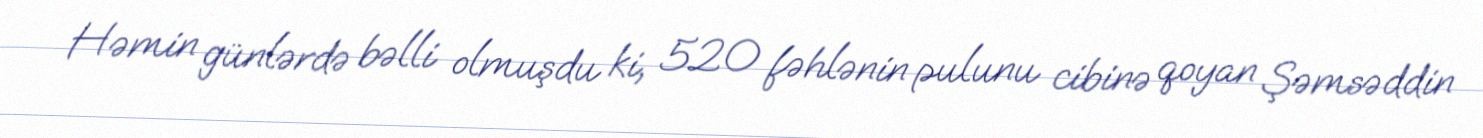
Həmin günlərdə bəlli olmuşdu ki, 520 fəhlənin pulunu cibinə qoyan Şəmsəddin